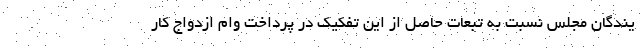
یندگان مجلس نسبت به تبعات حاصل از این تفکیک در پرداخت وام ازدواج کار